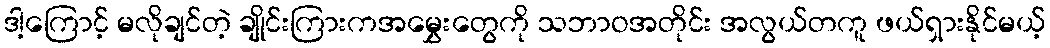
ဒါ့ကြောင့် မလိုချင်တဲ့ ချိုင်းကြားကအမွှေးတွေကို သဘာဝအတိုင်း အလွယ်တကူ ဖယ်ရှားနိုင်မယ့်